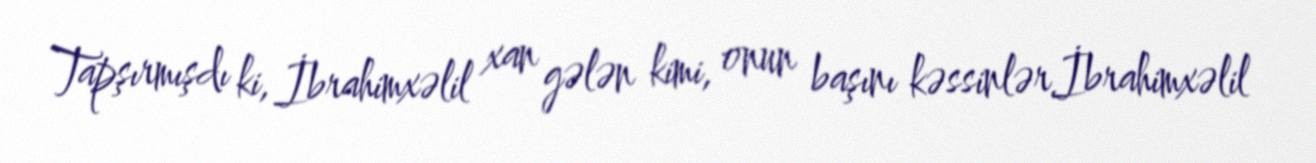
Tapşırmışdı ki, İbrahimxəlil xan gələn kimi, onun başını kəssinlər.İbrahimxəlil